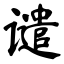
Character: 谴